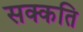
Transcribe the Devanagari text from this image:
सक्कति